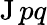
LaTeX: \operatorname{J}pq